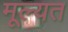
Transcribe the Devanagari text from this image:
मूल्यत